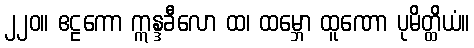
၂၂၀။ ဧဠကော ဣန္ဒခီလော ထ၊ ထမ္ဘော ထူဏော ပုမိတ္ထိယံ။